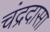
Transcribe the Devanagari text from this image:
चंद्रदासा